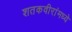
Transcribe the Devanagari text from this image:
शतकवीरांमध्ये